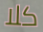
كلا